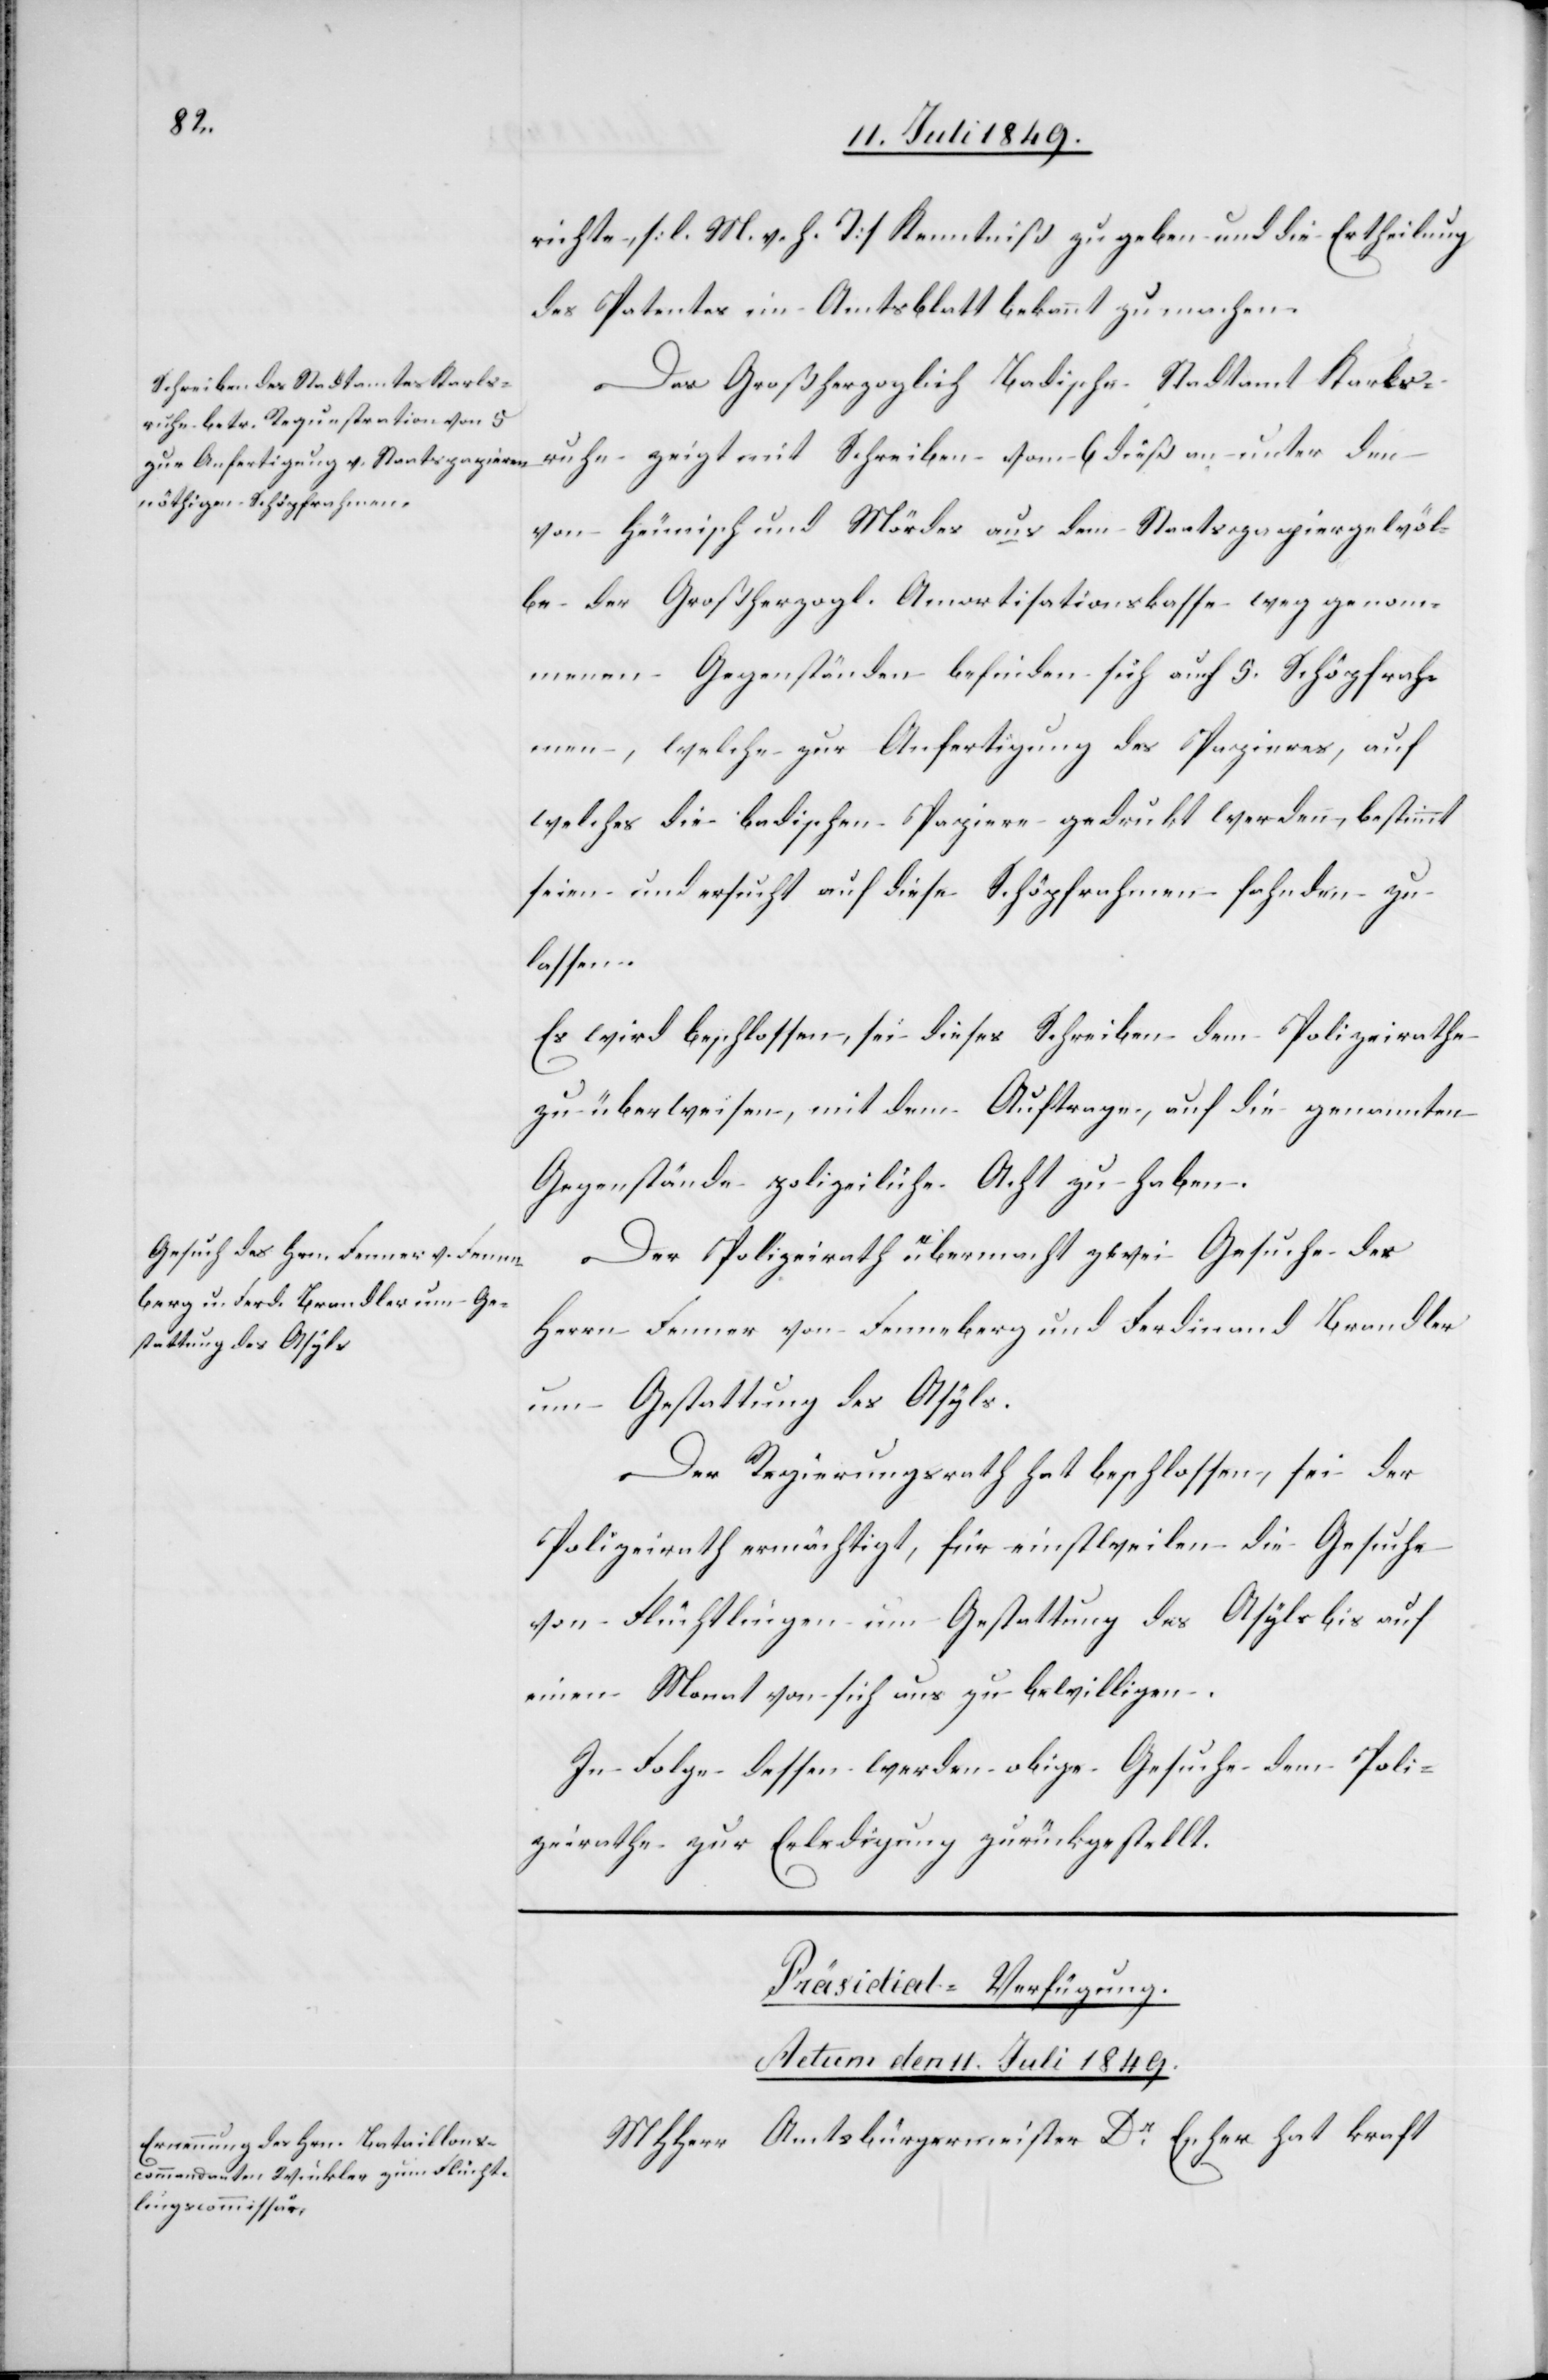
richte, [l. M. h. T] Kenntniß zu geben und die Ertheilung
des Patentes im Amtsblatt bekannt zu machen.
Das Großherzoglich Badische Stadtamt Karlsruhe
von Heunisch und Mördes aus dem Staatspapiergewöl¬
be der Großherzogl. Amortisationskasse weg genom¬
menen Gegenstände befinden sich auf 5. Schöpfrah¬
men, welche zur Anfertigung des Papieres, auf
welches die badischen Papiere gedrukt werden, bestimmt
seien und ersucht auf diese Schöpfrahmen fahnden zu
lasen.
Es wird beschlossen, sei dieses Schreiben dem Polizeirathe
zu überweisen, mit dem Auftrage, auf die genannten
Gegenstände polizeiliche Acht zu haben.
Der Polizeirath übermacht zwei Gesuche des
Herrn Fenner von Fenneberg und Ferdinand Brandler
um Gestattung des Asyls.
Der Regierungsrath hat beschlossen, sei der
Polizeirath ermächtigt, für einstweilen die Gesuche
von Flüchtlingen um Gestattung das Asyls bis auf
einen Monat von sich aus zu bewilligen.
In Folge dessen werden obige Gesuche dem Poli¬
zeirathe zur Erledigung zurückgestellt.
Präsidial-Verfügung.
Actum den 11. Juli 1849.
MHherr Amtsbürgermeister Dr Escher hat kraft